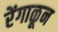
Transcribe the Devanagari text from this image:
रेंगाळून